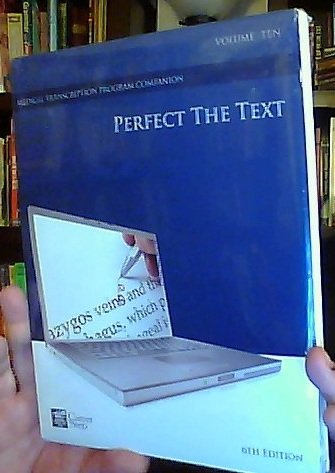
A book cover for Perfect the Text: Volume Ten, 6th Edition (Career Step Medical Transcription Program Companion) (Volume Ten); Career Step; Medical Books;